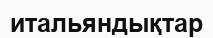
итальяндықтар